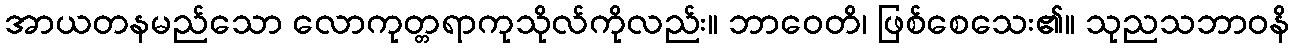
အာယတနမည်သော လောကုတ္တရာကုသိုလ်ကိုလည်း။ ဘာဝေတိ၊ ဖြစ်စေသေး၏။ သုညသဘာဝနိ